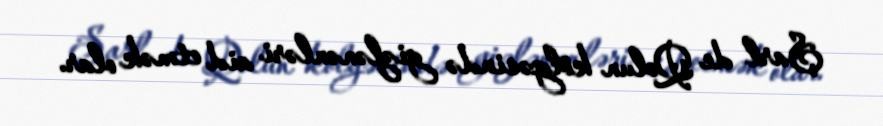
Şarl de Qolun kölgəsində gizlənənləri aid etmək olar.